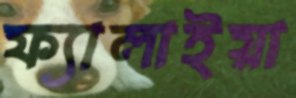
ফ্যালাইয়া